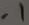
Text: .1